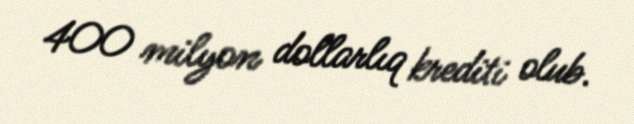
400 milyon dollarlıq krediti olub.